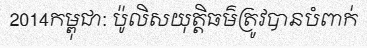
2014កម្ពុជា: ប៉ូលិសយុត្តិធម៌ត្រូវបានបំពាក់